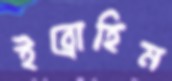
ইব্রোহিম